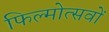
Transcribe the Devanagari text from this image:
फिल्मोत्सवों